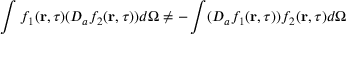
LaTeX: \int f _ { 1 } ( { \bf r } , \tau ) ( D _ { a } f _ { 2 } ( { \bf r } , \tau ) ) d \Omega \neq - \int ( D _ { a } f _ { 1 } ( { \bf r } , \tau ) ) f _ { 2 } ( { \bf r } , \tau ) d \Omega